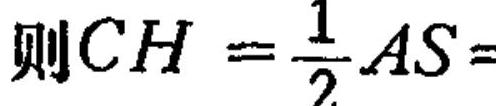
则\(CH=\dfrac{1}{2}AS =\)